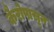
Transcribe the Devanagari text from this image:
कैरोपासून